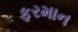
ફરમાન